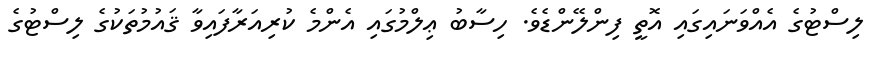
ލިސްޓުގެ އެއްވަނައިގައި އޮތީ ފިންލޭންޑެވެ. ހިސާބު ޢިލްމުގައި އެންމެ ކުރިއަރާފައިވާ ޤައުމުތަކުގެ ލިސްޓުގެ